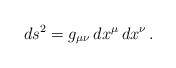
LaTeX: \begin{align*}ds^2 = g_{\mu \nu} \, dx^{\mu} \, dx^{\nu} \, . \end{align*}